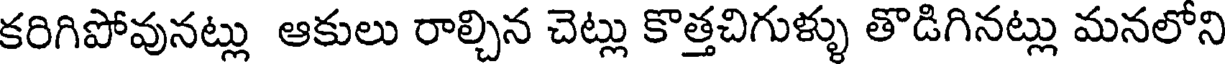
కరిగిపోవునట్లు ఆకులు రాల్చిన చెట్లు కొత్తచిగుళ్ళు తొడిగినట్లు మనలోని